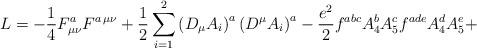
LaTeX: \begin{align*}L= - \frac{1}{4} F^{a}_{\mu \nu} F^{a \, \mu \nu} + \frac{1}{2} \sum_{i=1}^{2} \left( D_{\mu} A_{i} \right)^{a} \left( D^{\mu} A_{i} \right)^{a} - \frac{e^2}{2} f^{abc} A_{4}^{b} A_{5}^{c}f^{ade} A_{4}^{d} A_{5}^{e} +\end{align*}